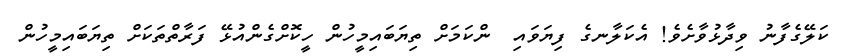
ކަލޭގެފާނު ވިދާޅުވާށެވެ! އެކަލާނގެ ފިޔަވައި  ންކަމަށް ތިޔަބައިމީހުން ހީކޮށްގެންއުޅޭ ފަރާތްތަކަށް ތިޔަބައިމީހުން